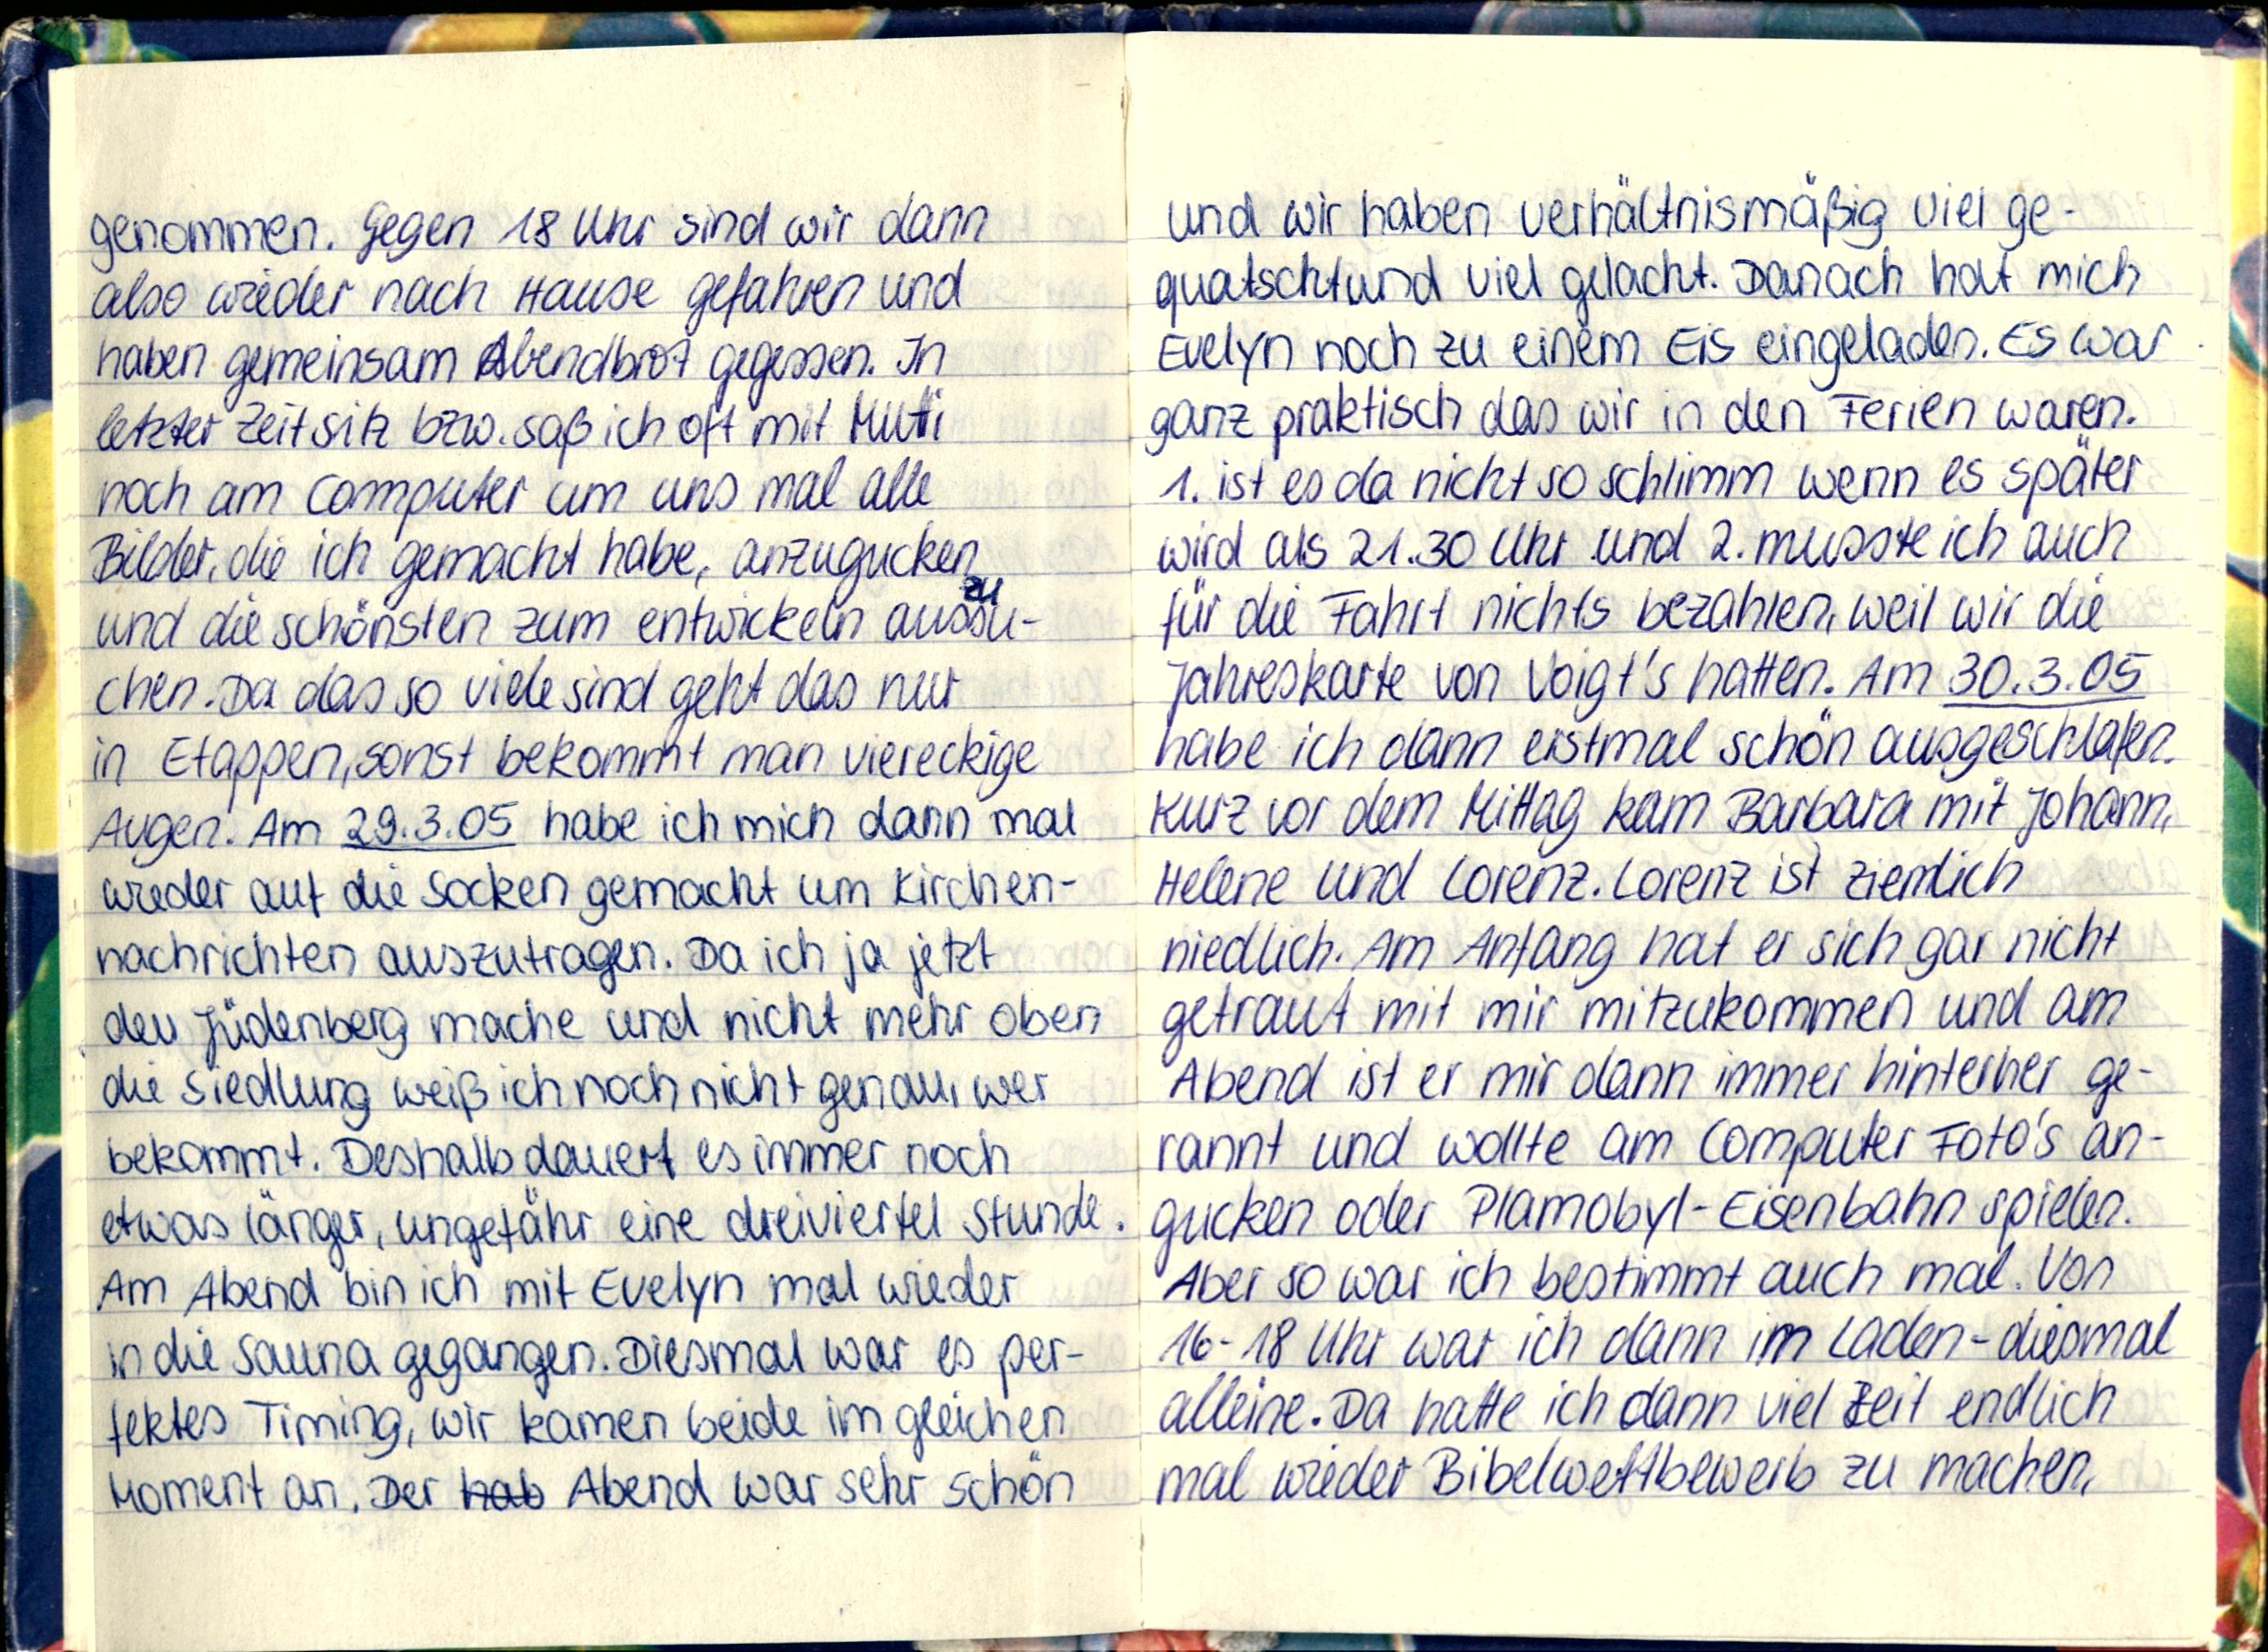
genommen. Gegen 18 Uhr sind wir dann
also wieder nach Hause gefahren und
haben gemeinsam Abendbrot gegessen. In
letzter Zeit sitz bzw. saß ich oft mit Mutti
noch am Computer um uns mal alle
Bilder, die ich gemacht habe, anzugucken
und die schönsten zum entwickeln aussu-
chen. Da das so viele sind geht das nur
in Etappen, sonst bekommt man viereckige
Augen. Am 29.3.05 habe ich mich dann mal
wieder auf die Socken gemacht um Kirchen-
nachrichten auszutragen. Da ich ja jetzt
den Jüdenberg mache und nicht mehr oben
die Sidelung weiß ich noch nicht genau, wer
bekommt. Deshalb dauert es immer noch
etwas länger, ungefähr dine dreiviertel Stunde.
Am Abend bin ich mit Evelyn mal wieder
in die Sauna gegangen. Diesmal war es per-
fektes Timing, wir kamen beide im gleichen
Moment an. Der Abend war sehr schön

und wir haben verhältnismäßig viel ge-
quatschtund viel gelacht. Danach hat mich
Evelyn noch zu einem Eis eingeladen. Es war
ganz praktisch das wir in den Ferien waren.
1. ist es da nicht so schlimm wenn es später
wird als 21.30 Uhr und 2. musste ich auch
für die Fahrt nichts bezahlen, weil wir die
Jahreskarte von Voigt's hatten. Am 30.3.05
habe ich dann erstmal schön ausgeschlafen.
Kurz vor dem Mittag kam Barbara mit Johann,
Helene und Lorenz. Lorenz ist ziemlich
niedlich. Am Anfang hat er sich gar nicht
getraut mit mir mitzukommen und am
Abend ist er mir dann immer hinterher ge-
rannt und wollte am Computer Foto's an-
gucken oder Plamobyl-Eisenbahn spielen.
Aber so war ich bestimmt auch mal. Von
16-18 Uhr war ich dann im Laden - diesmal
alleine. Da hatte ich dann viel Zeit endlich
mal wieder Bibelwettbewerb zu machen,